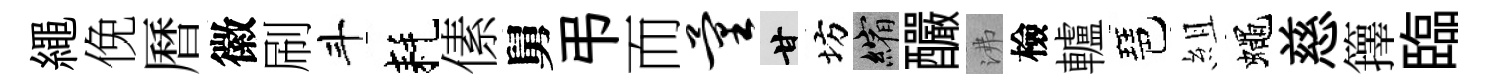
繩俛曆徽刷斗耗傃舅弔而量甘坊縮釅沸檢轤琶組蠅慈籜臨